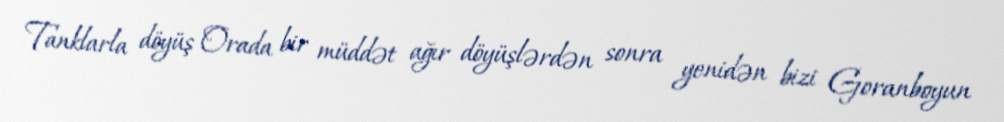
Tanklarla döyüş Orada bir müddət ağır döyüşlərdən sonra yenidən bizi Goranboyun